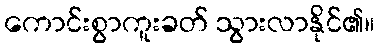
ကောင်းစွာကူးခတ် သွားလာနိုင်၏။